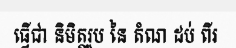
ធ្វើជា និមិត្តរូប នៃ តំណ ដប់ ពីរ